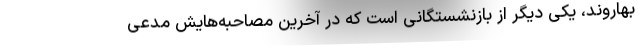
بهاروند، یکی دیگر از بازنشستگانی است که در آخرین مصاحبه‌هایش مدعی